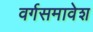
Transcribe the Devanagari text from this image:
वर्गसमावेश